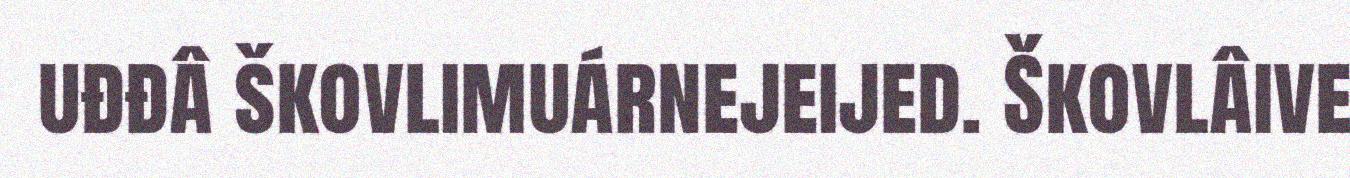
uđđâ škovlimuárnejeijed. Škovlâive